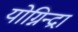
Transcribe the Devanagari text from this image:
योग्निन्द्रा